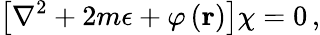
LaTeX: \left[\nabla^{2}+2m\epsilon+\varphi\left({\mathbf r}\right)\right]\chi=0\, ,